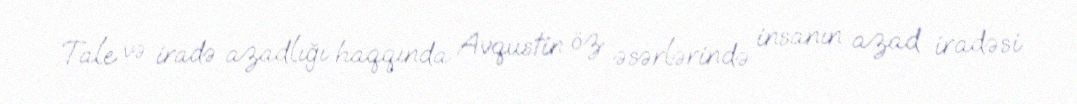
Tale və iradə azadlığı haqqında Avqustin öz əsərlərində insanın azad iradəsi